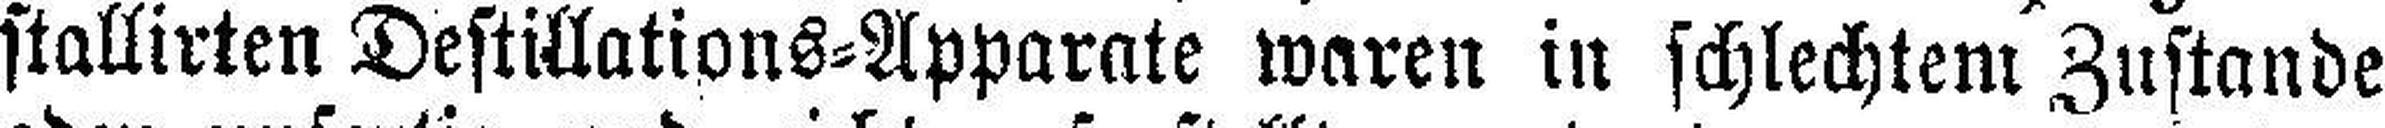
stallirten Destillations=Apparate waren in schlechtem Zustande